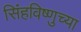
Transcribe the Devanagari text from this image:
सिंहविष्णुच्या